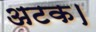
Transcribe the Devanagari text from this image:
अटक।